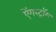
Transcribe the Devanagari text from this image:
ऐंगस्ट्रॉम